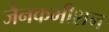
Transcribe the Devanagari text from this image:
जैनकमीशन